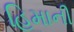
હિમાની